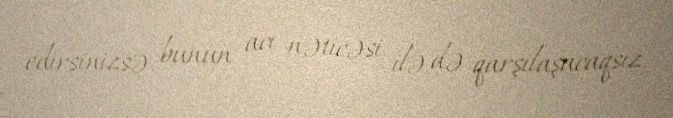
edirsinizsə, bunun acı nəticəsi ilə də qarşılaşacaqsız.